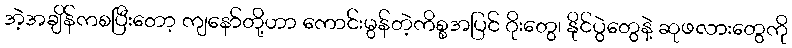
အဲ့အချိန်ကစပြီးတော့ ကျနော်တို့ဟာ ကောင်းမွန်တဲ့ကိစ္စအပြင် ဂိုးတွေ၊ နိုင်ပွဲတွေနဲ့ ဆုဖလားတွေကို